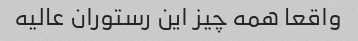
واقعا همه چیز این رستوران عالیه